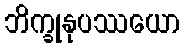
ဘိက္ခုနုပဿယော